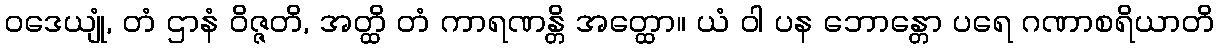
ဝဒေယျုံ, တံ ဌာနံ ဝိဇ္ဇတိ, အတ္ထိ တံ ကာရဏန္တိ အတ္ထော။ ယံ ဝါ ပန ဘောန္တော ပရေ ဂဏာစရိယာတိ